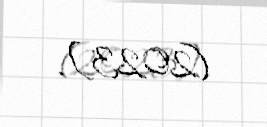
(2023).